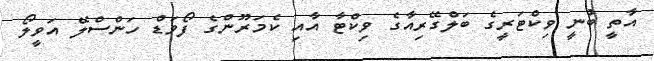
އާތީ ބުނީ ވިކްޓަރީގެ ބަލްގޭރިއާގެ ވިކްޓާ އާއި ކެމަރޫންގެ ފޯވަޑް ހަންސްލޭ އަވީލޯ